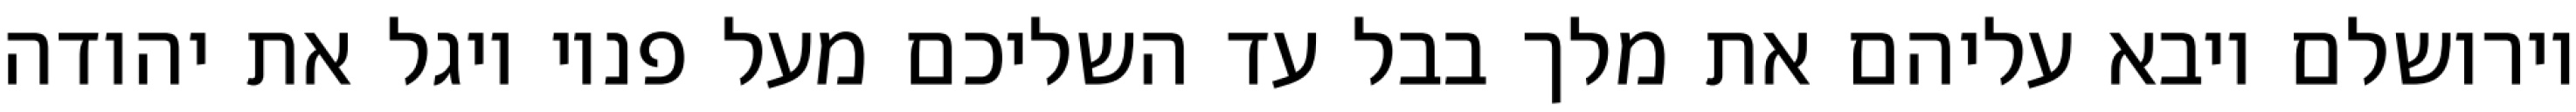
וירושלם ויבא עליהם את מלך בבל עד השליכם מעל פניו ויגל את יהודה